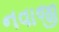
નવાજી